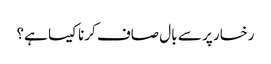
رخسار پر سے بال صاف کرنا کیسا ہے؟